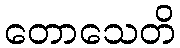
တောသေတိ